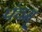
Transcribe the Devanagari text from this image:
पंचम्‌